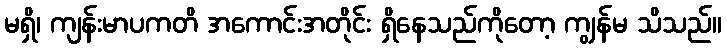
မရှိ၊ ကျန်းမာပကတိ အကောင်းအတိုင်း ရှိနေသည်ကိုတော့ ကျွန်မ သိသည်။